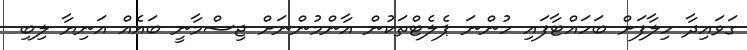
ގަވައިދާ ހިލާފަށް ބަހައްޓާފައި ހުންނަ ޕެލެޓްތަކުން އާންމުންނަށް ޖިސްމާނީ ބައެއް އަނިޔާ ލިބި